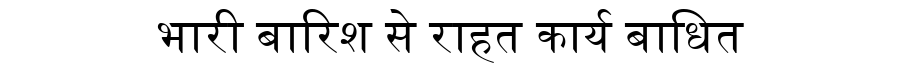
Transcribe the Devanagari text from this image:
भारी बारिश से राहत कार्य बाधित